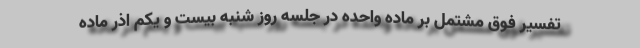
تفسیر فوق مشتمل بر ماده واحده در جلسه روز شنبه بیست و یکم اذر ماده